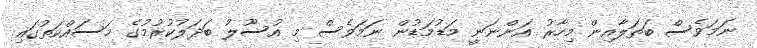
ނަމަވެސް ބަތަލާއިން މިހާރު އަންނަނީ މަޑުމަޑުން ނަމަވެސް މި އުސޫލު ބަދަލުކުރުމުގެ މަސައްކަތުގައި